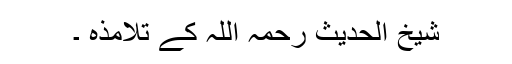
شیخ الحدیث رحمہ اللہ کے تلامذہ ۔